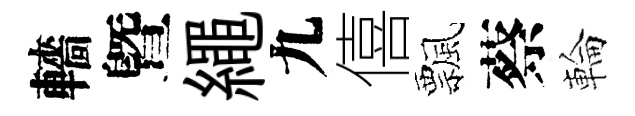
轖曁繩九僖飄蔡輪